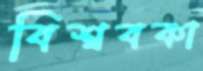
বিশ্ববকা